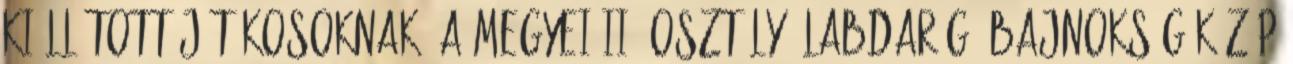
kiállított játékosoknak. A megyei II. osztályú labdarúgó bajnokság Közép